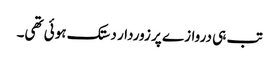
تب ہی دروازے پر زوردار دستک ہوئی تھی۔